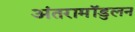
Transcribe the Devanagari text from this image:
अंतरामॉडुलन